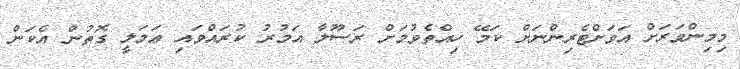
މިމިންވަރަށް އަވަށްޓެރިންނަށް ކަމޭ ހިއްތެވުމަށް ރަސޫލާ އަމުރު ކުރައްވައި ޢަމަލީ ގޮތުން އެކަން